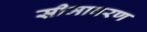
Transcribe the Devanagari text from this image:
सीमावरण